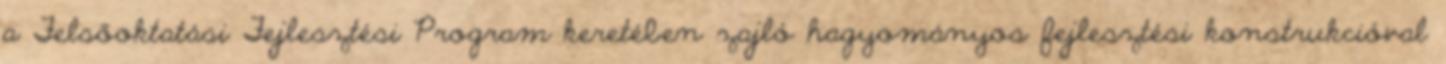
a Felsőoktatási Fejlesztési Program keretében zajló hagyományos fejlesztési konstrukcióval